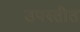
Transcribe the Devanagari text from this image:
उपस्तीत